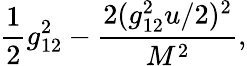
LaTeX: {\frac{1}{2}}g_{12}^{2}-{\frac{2(g_{12}^{2}u/2)^{2}}{M^{2}}},